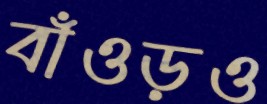
বাঁওড়ও